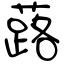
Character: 蕗